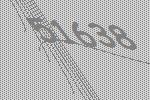
51638